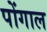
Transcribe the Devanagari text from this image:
पोंगाल